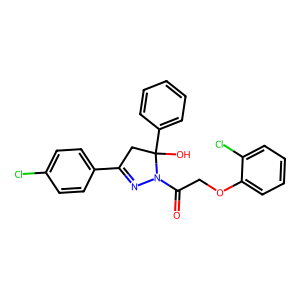
SMILES: O=C(COc1ccccc1Cl)N1N=C(c2ccc(Cl)cc2)CC1(O)c1ccccc1
Inhibits HIV replication: No